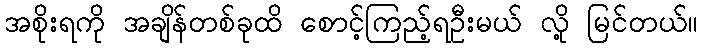
အစိုးရကို အချိန်တစ်ခုထိ စောင့်ကြည့်ရဦးမယ် လို့ မြင်တယ်။